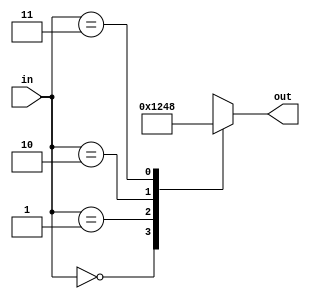
module two_four_decoder(
    input [1:0]in,
    output reg [3:0]out
);
always @(in) begin
    case(in)
    2'b00:out=4'b0001;
    2'b01:out=4'b0010;
    2'b10:out=4'b0100;
    2'b11:out=4'b1000;
    endcase
end  
endmodule